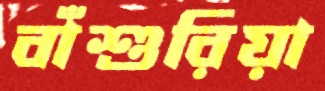
বাঁশুরিয়া